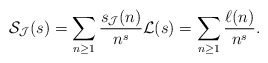
\begin{align*}\mathcal{S}_{\mathcal{J}}(s) = \sum_{n \geq 1} \frac{s_{\mathcal{J}}(n)}{n^s} \mathcal{L}(s) = \sum_{n \geq 1} \frac{\ell(n)}{n^s}.\end{align*}